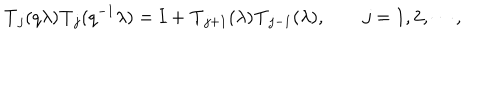
{ \bf T } _ { j } ( q \lambda ) { \bf T } _ { j } ( q ^ { - 1 } \lambda ) = { \bf I } + { \bf T } _ { j + 1 } ( \lambda ) { \bf T } _ { j - 1 } ( \lambda ) , \qquad j = 1 , 2 , \cdots ,